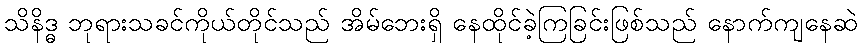
သိနိဒ္ဓ ဘုရားသခင်ကိုယ်တိုင်သည် အိမ်ဘေးရှိ နေထိုင်ခဲ့ကြခြင်းဖြစ်သည် နောက်ကျနေဆဲ